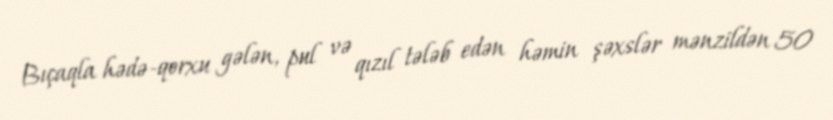
Bıçaqla hədə-qorxu gələn, pul və qızıl tələb edən həmin şəxslər mənzildən 50